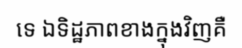
ទេ ឯទិដ្ឋភាពខាងក្នុងវិញគឺ